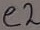
Text: e2